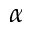
\alpha